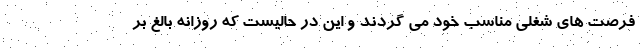
فرصت های شغلی مناسب خود می گردند و این در حالیست که روزانه بالغ بر